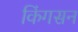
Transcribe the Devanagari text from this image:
किंगसन